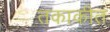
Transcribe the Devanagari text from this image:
तकाकीत